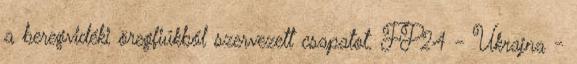
a beregvidéki öregfiúkból szervezett csapatot. FP24 - Ukrajna -